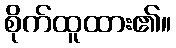
စိုက်ထူထား၏။